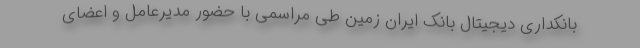
بانکداری دیجیتال بانک ایران زمین طی مراسمی با حضور مدیرعامل و اعضای